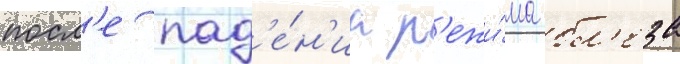
посл'е пад'е́н'иа р'ежи́ма бл'еза